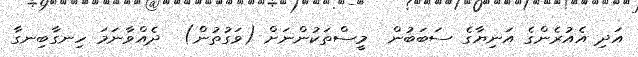
އަދި އެއުރެންގެ އަނިޔާގެ ސަބަބުން  މީސްތަކުންނަށް (ވަގުތުން)  ދެއްވާނަމަ ހިނގާބިނގާ